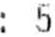
: 5